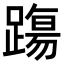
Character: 𨄆